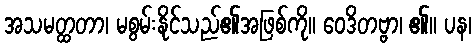
အသမတ္ထတာ၊ မစွမ်းနိုင်သည်၏အဖြစ်ကို။ ဝေဒိတဗ္ဗာ၊ ၏။ ပန၊